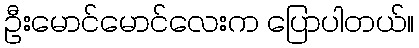
ဦးမောင်မောင်လေးက ပြောပါတယ်။